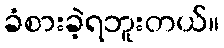
ခံစားခဲ့ရဘူးတယ်။